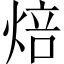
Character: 焙